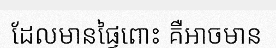
ដែលមានផ្ទៃពោះ គឺអាចមាន